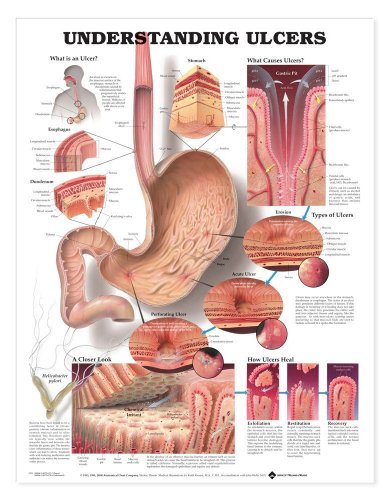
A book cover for Understanding Ulcers Anatomical Chart; Anatomical Chart Company; Health, Fitness & Dieting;